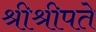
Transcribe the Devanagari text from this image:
श्रीश्रीपते